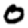
Digit: 0